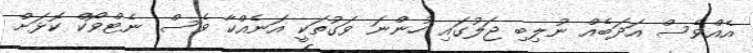
އެއްވެސް އަދަބެއް ނުލިބި ޖަލުގައި ހުންނަ ވަގުތަކީ އަނެއްކާ ވެސް ނެޓްވޯކް ކޮޅަށް